Report of the Indian Hemp Drugs Commission, 1894-1895 - Volume I
Year: 1894
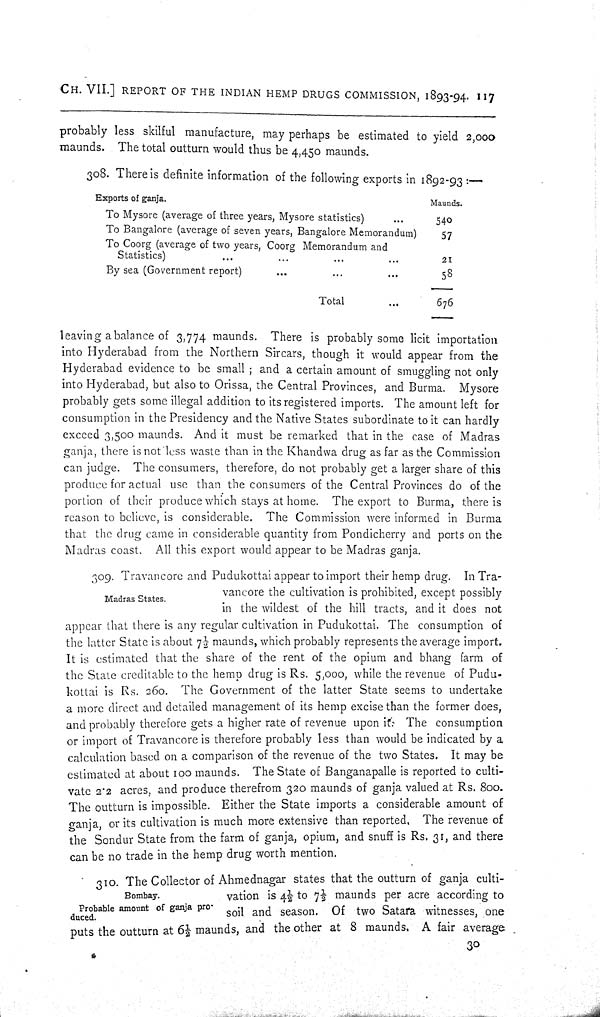
CH. VII.] REPORT OF THE INDIAN HEMP DRUGS COMMISSION, 1893-94. 117
probably less skilful manufacture, may perhaps be estimated to yield 2,000
maunds. The total outturn would thus be 4,450 maunds.
308. There is definite information of the following exports in 1892-93:—
Exports of ganja.
Maunds.
To Mysore (average of three years, Mysore statistics)
540
To Bangalore (average of seven years, Bangalore Memorandum)
57
To Coorg (average of two years, Coorg Memorandum and
Statistics)
21
By sea (Government report)
58
Total
676
leaving a balance of 3,774 maunds. There is probably some licit importation
into Hyderabad from the Northern Sircars, though it would appear from the
Hyderabad evidence to be small; and a certain amount of smuggling not only
into Hyderabad, but also to Orissa, the Central Provinces, and Burma. Mysore
probably gets some illegal addition to its registered imports. The amount left for
consumption in the Presidency and the Native States subordinate to it can hardly
exceed 3,500 maunds. And it must be remarked that in the case of Madras
ganja, there is not less waste than in the Khandwa drug as far as the Commission
can judge. The consumers, therefore, do not probably get a larger share of this
produce for actual use than the consumers of the Central Provinces do of the
portion of their produce which stays at home. The export to Burma, there is
reason to believe, is considerable. The Commission were informed in Burma
that the drug came in considerable quantity from Pondicherry and ports on the
Madras coast. All this export would appear to be Madras ganja.
Madras States.
309. Travancore and Pudukottai appear to import their hemp drug. In Tra-
vancore the cultivation is prohibited, except possibly
in the wildest of the hill tracts, and it does not
appear that there is any regular cultivation in Pudukottai. The consumption of
the latter State is about 71/2 maunds, which probably represents the average import.
It is estimated that the share of the rent of the opium and bhang farm of
the State creditable to the hemp drug is Rs. 5,000, while the revenue of Pudu-
kottai is Rs. 260. The Government of the latter State seems to undertake
a more direct and detailed management of its hemp excise than the former does,
and probably therefore gets a higher rate of revenue upon it. The consumption
or import of Travancore is therefore probably less than would be indicated by a
calculation based on a comparison of the revenue of the two States. It may be
estimated at about 100 maunds. The State of Banganapalle is reported to culti-
vate 2.2 acres, and produce therefrom 320 maunds of ganja valued at Rs. 800.
The outturn is impossible. Either the State imports a considerable amount of
ganja, or its cultivation is much more extensive than reported. The revenue of
the Sondur State from the farm of ganja, opium, and snuff is Rs. 31, and there
can be no trade in the hemp drug worth mention.
Bombay.
Probable amount of ganja pro-
duced.
310.
The Collector of Ahmednagar states that the outturn of ganja culti-
vation is 41/2 to 71/2 maunds per acre according to
soil and season. Of two Satara witnesses, one
puts the outturn at 61/2 maunds, and the other at 8 maunds. A fair average
30